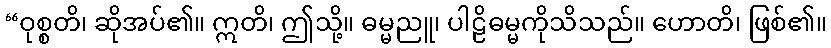
“ဝုစ္စတိ၊ ဆိုအပ်၏။ ဣတိ၊ ဤသို့။ ဓမ္မညူ၊ ပါဠိဓမ္မကိုသိသည်။ ဟောတိ၊ ဖြစ်၏။